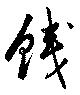
錢